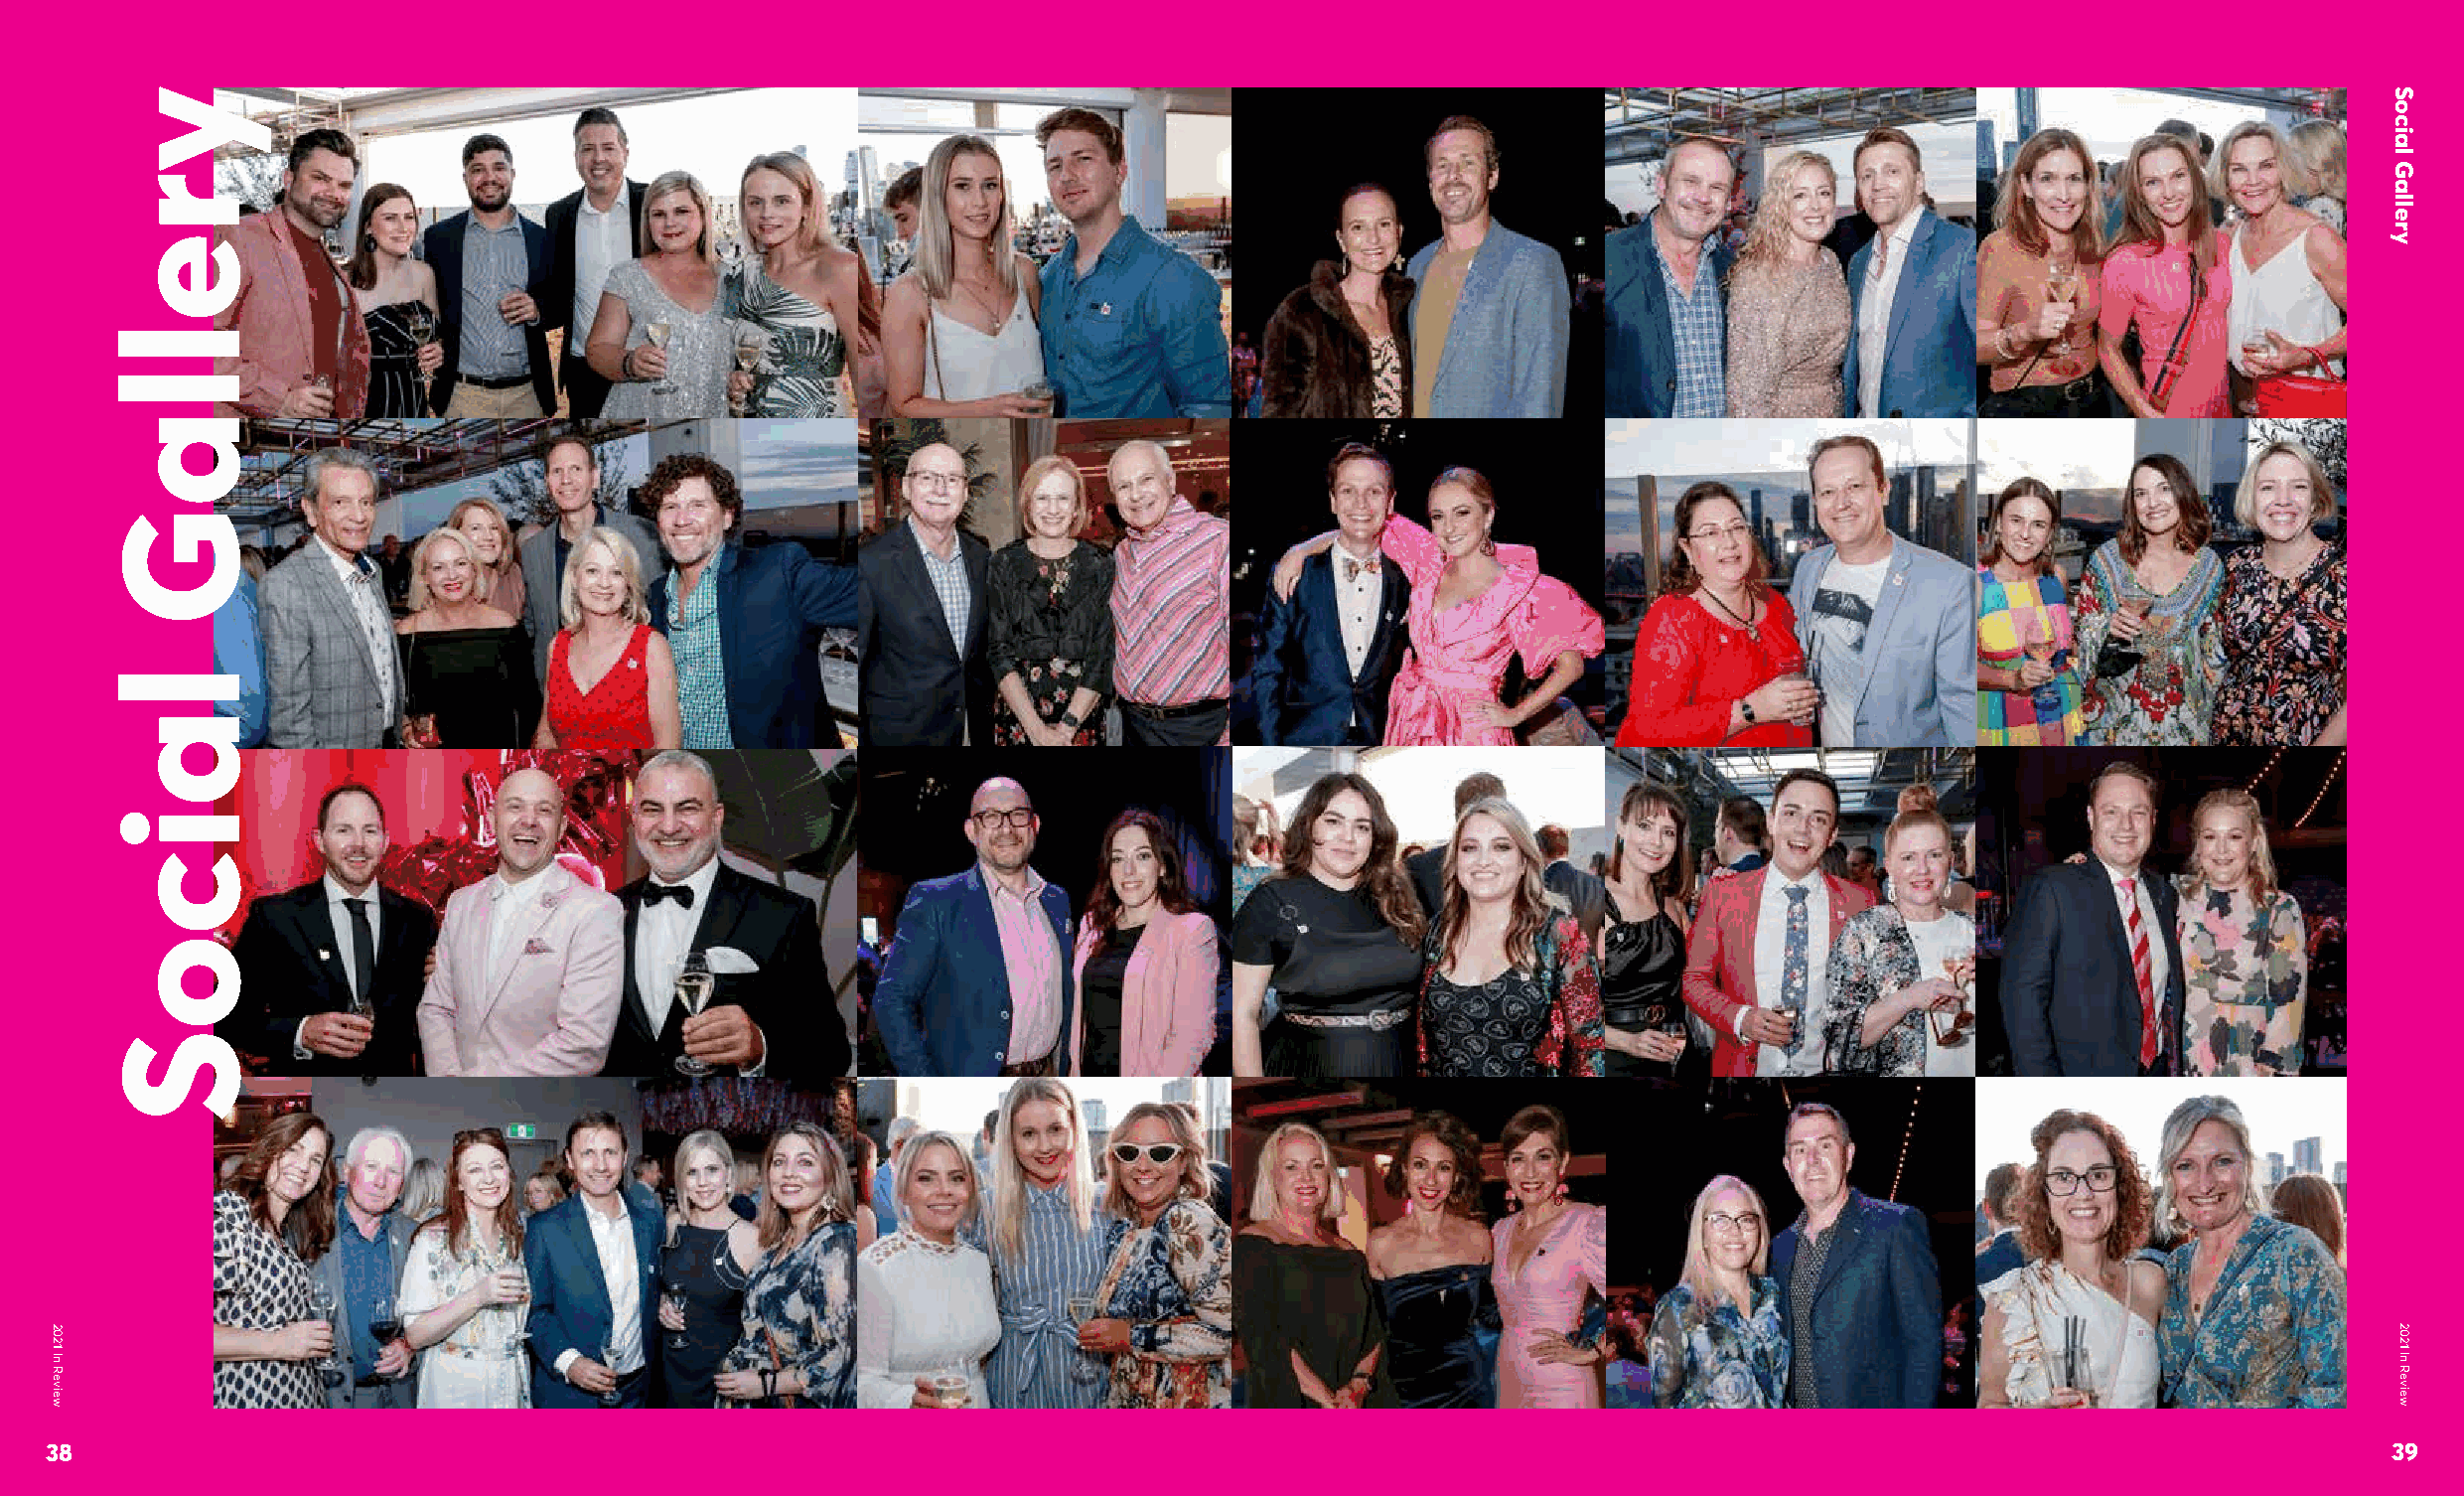
38                                                                                                                                                          39
 2021
 In
 Review
 yrellaG
 laicoS
 Social
 Gallery
 2021
 In
 Review